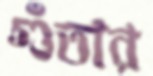
গুঁতার